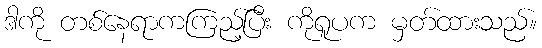
ဒါကို တစ်နေရာကကြည့်ပြီး ကိုရူပက မှတ်ထားသည်။